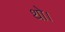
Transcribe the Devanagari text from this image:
थाे।